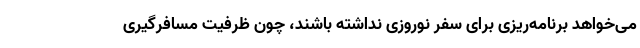
می‌خواهد برنامه‌ریزی برای سفر نوروزی نداشته باشند، چون ظرفیت مسافرگیری